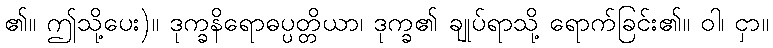
၏။ ဤသို့ပေး)။ ဒုက္ခနိရောဓပ္ပတ္တိယာ၊ ဒုက္ခ၏ ချုပ်ရာသို့ ရောက်ခြင်း၏။ ဝါ၊ ငှာ။